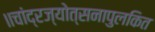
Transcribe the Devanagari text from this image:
॥चांद्रज्योत्सनापुलकित